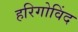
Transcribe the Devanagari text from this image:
हरिगोविंद